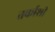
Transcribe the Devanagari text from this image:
तर्काशी